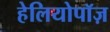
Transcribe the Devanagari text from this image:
हेलियोपॉज़